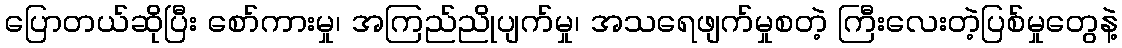
ပြောတယ်ဆိုပြီး စော်ကားမှု၊ အကြည်ညိုပျက်မှု၊ အသရေဖျက်မှုစတဲ့ ကြီးလေးတဲ့ပြစ်မှုတွေနဲ့